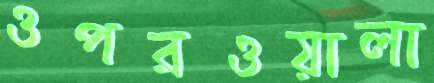
ওপরওয়ালা